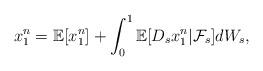
LaTeX: \begin{align*}x^n_1=\mathbb{E}[x^n_1]+\int_0^1\mathbb{E}[D_sx^n_1\vert \mathcal{F}_s]dW_s,\end{align*}